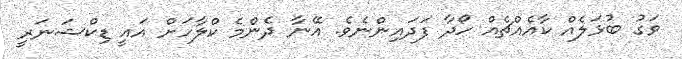
ވަގު ބުޅަލެއް ކާއެއްޗެއް ހޯދާ ފަދައިންނެވެ. އޭނާ ދެންމެ ކްލާހަށް އައީ ޑިކްޝަނަރީ